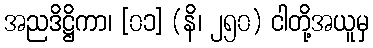
အညဒိဋ္ဌိကာ၊ [၀၁] (နိ၊ ၂၅၀) ငါတို့အယူမှ